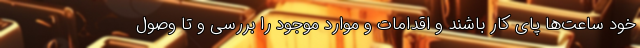
خود ساعت‌ها پای کار باشند و اقدامات و موارد موجود را بررسی و تا وصول